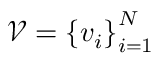
{ \mathcal { V } } = \left\{ v _ { i } \right\} _ { i = 1 } ^ { N }